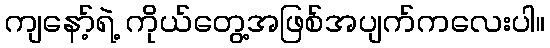
ကျနော့်ရဲ့ ကိုယ်တွေ့အဖြစ်အပျက်ကလေးပါ။